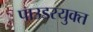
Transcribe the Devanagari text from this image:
पाउडरयुक्त